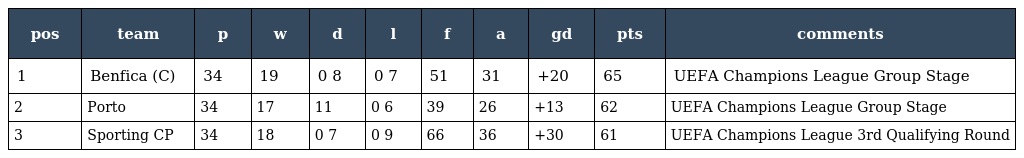
| pos | team | p | w | d | l | f | a | gd | pts | comments |
 | --- | --- | --- | --- | --- | --- | --- | --- | --- | --- | --- |
 | 1 | Benfica (C) | 34 | 19 | 0 8 | 0 7 | 51 | 31 | +20 | 65 | UEFA Champions League Group Stage |
 | 2 | Porto | 34 | 17 | 11 | 0 6 | 39 | 26 | +13 | 62 | UEFA Champions League Group Stage |
 | 3 | Sporting CP | 34 | 18 | 0 7 | 0 9 | 66 | 36 | +30 | 61 | UEFA Champions League 3rd Qualifying Round |